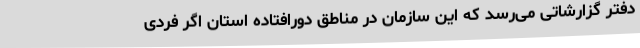
دفتر گزارشاتی می‌رسد که این سازمان در مناطق دورافتاده استان اگر فردی